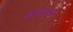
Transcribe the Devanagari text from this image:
कोवाना